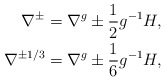
\begin{align*} \nabla^\pm &= \nabla^g \pm \frac{1}{2}g^{-1}H,\\ \nabla^{\pm1/3} &= \nabla^g \pm \frac{1}{6}g^{-1}H, \end{align*}